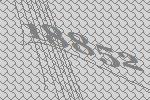
18852